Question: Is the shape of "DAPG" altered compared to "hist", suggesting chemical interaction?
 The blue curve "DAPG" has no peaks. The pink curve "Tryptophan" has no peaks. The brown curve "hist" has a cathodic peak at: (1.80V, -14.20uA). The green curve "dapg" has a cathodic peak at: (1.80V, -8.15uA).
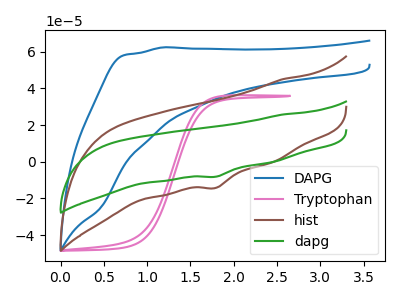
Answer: <think>"DAPG" and "hist" have a different number of peaks.
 </think>
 <answer>Yes, "DAPG" and "hist" are different in shape.</answer>
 <eval>yes_change</eval>